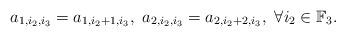
LaTeX: \begin{align*}a_{1,i_2,i_3}=a_{1,i_2+1,i_3},\,\,a_{2,i_2,i_3}=a_{2,i_2+2,i_3},\,\,\forall i_2\in{\mathbb F}_3.\end{align*}